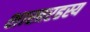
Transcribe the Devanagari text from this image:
शास्त्ररहस्य